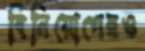
বিনিয়োগেরও